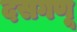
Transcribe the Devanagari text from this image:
दसगणू